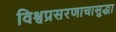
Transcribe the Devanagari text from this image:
विश्वप्रसरणाचासुद्धा